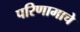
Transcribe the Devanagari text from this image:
परिणामाचे